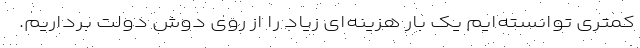
کمتری توانسته‌ایم یک بار هزینه‌ای زیاد را از روی دوش دولت برداریم.